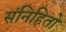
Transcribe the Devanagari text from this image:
संनिहितो